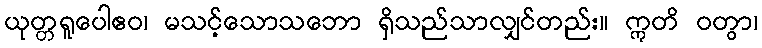
ယုတ္တရူပေါဧဝ၊ မသင့်သောသဘော ရှိသည်သာလျှင်တည်း။ ဣတိ ဝတွာ၊